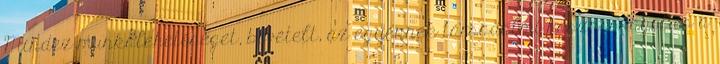
Mindez munkalehetőséget, bevételt, az egyénnek társadalmi hasznosságot és a